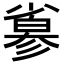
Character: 𢒮